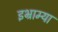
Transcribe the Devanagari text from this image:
इभ्राम्या